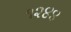
૧૨૪૪